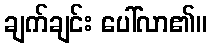
ချက်ချင်း ပေါ်လာ၏။